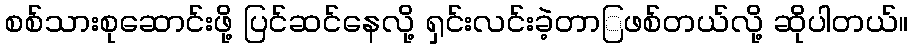
စစ်သားစုဆောင်းဖို့ ပြင်ဆင်နေလို့ ရှင်းလင်းခဲ့တာြဖစ်တယ်လို့ ဆိုပါတယ်။